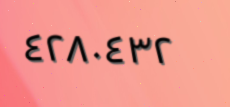
٤٢٨٠٤٣٢